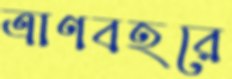
ত্রাণবহরে